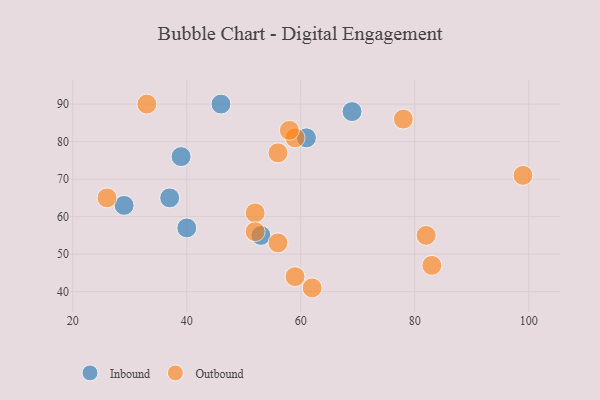
{"axis": {"x": "GDP", "y": "Life Expectancy"}, "legend": ["Inbound", "Outbound"], "data": [{"x": "53", "y": 55, "type": "Inbound"}, {"x": "37", "y": 65, "type": "Inbound"}, {"x": "40", "y": 57, "type": "Inbound"}, {"x": "69", "y": 88, "type": "Inbound"}, {"x": "39", "y": 76, "type": "Inbound"}, {"x": "46", "y": 90, "type": "Inbound"}, {"x": "29", "y": 63, "type": "Inbound"}, {"x": "61", "y": 81, "type": "Inbound"}, {"x": "59", "y": 81, "type": "Outbound"}, {"x": "58", "y": 83, "type": "Outbound"}, {"x": "99", "y": 71, "type": "Outbound"}, {"x": "83", "y": 47, "type": "Outbound"}, {"x": "52", "y": 61, "type": "Outbound"}, {"x": "52", "y": 56, "type": "Outbound"}, {"x": "33", "y": 90, "type": "Outbound"}, {"x": "56", "y": 53, "type": "Outbound"}, {"x": "78", "y": 86, "type": "Outbound"}, {"x": "59", "y": 44, "type": "Outbound"}, {"x": "82", "y": 55, "type": "Outbound"}, {"x": "62", "y": 41, "type": "Outbound"}, {"x": "26", "y": 65, "type": "Outbound"}, {"x": "56", "y": 77, "type": "Outbound"}]}